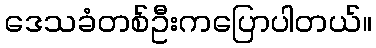
ဒေသခံတစ်ဦးကပြောပါတယ်။